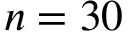
n = 3 0